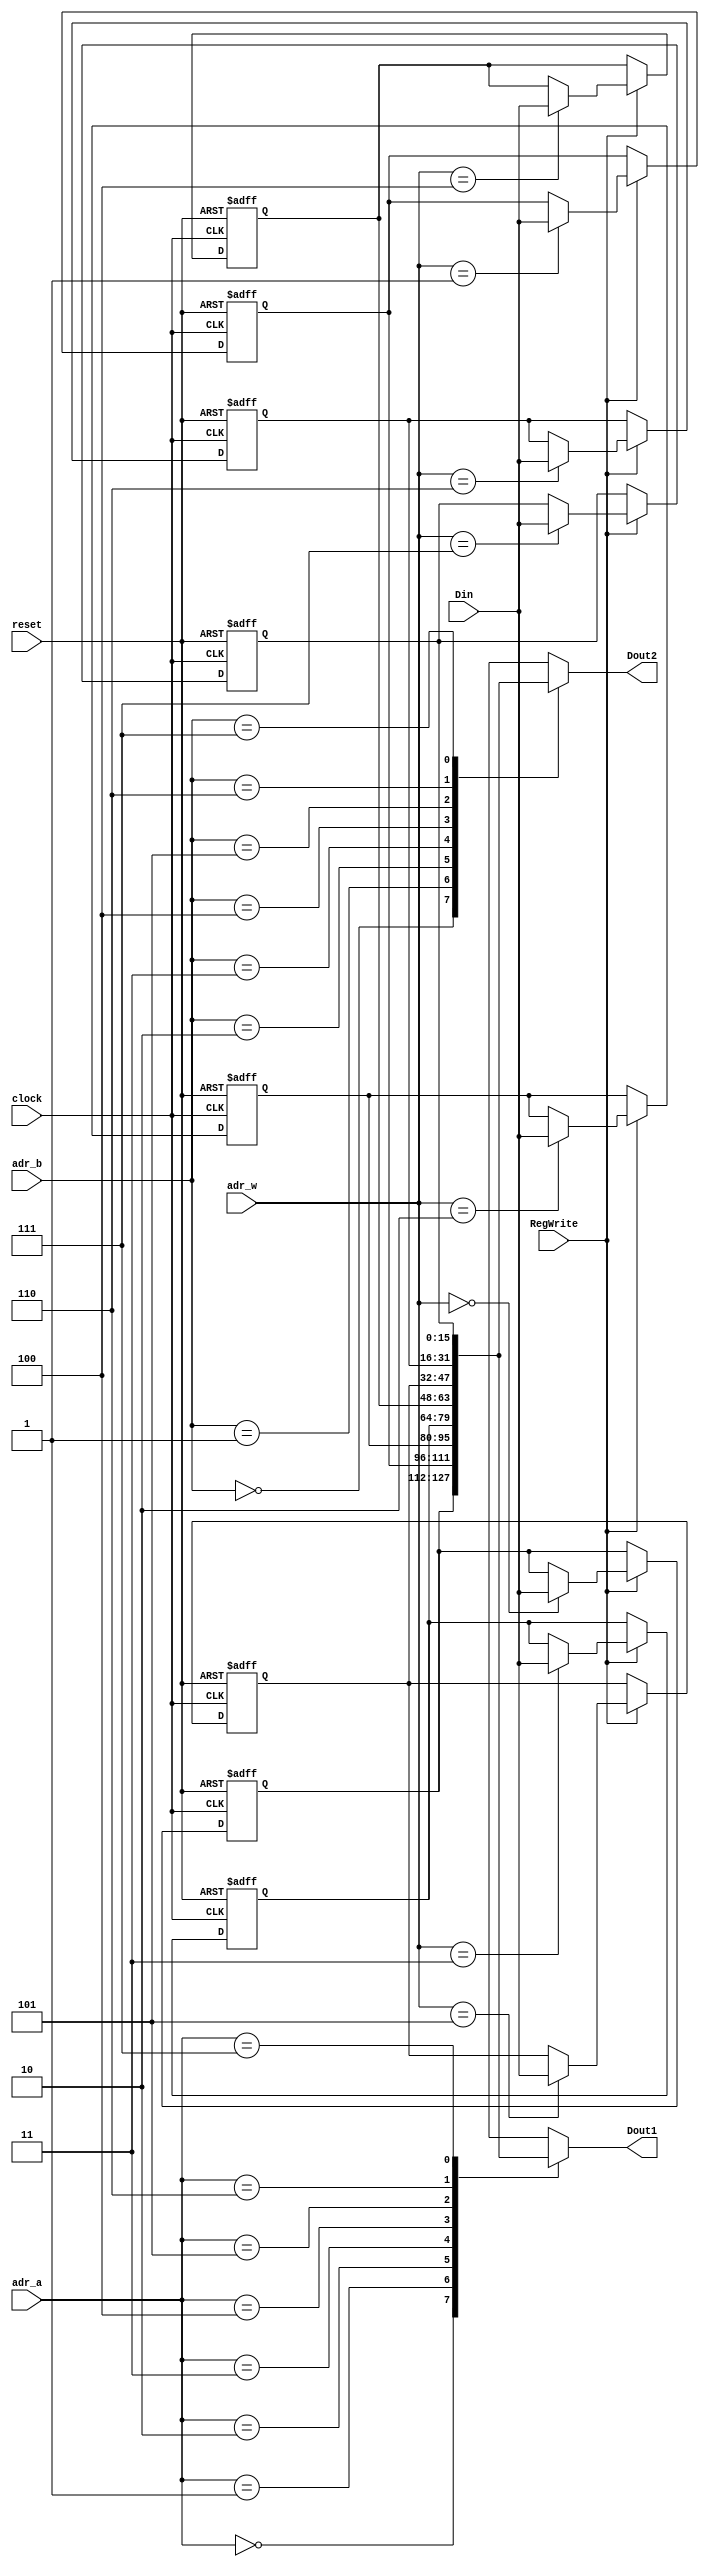
module register (input clock, //
                 input wire [2:0] adr_a, adr_b, adr_w, //1,2
					  input wire RegWrite, //1
					  input wire [15:0] Din, //
					  input reset, //
					  output wire  [15:0] Dout1, Dout2 //1,2
					  );

  reg [15:0] r[7:0];
  
  assign Dout1 = r[adr_a];
  assign Dout2 = r[adr_b];
  
  always @(negedge clock or negedge reset) begin
    if(reset == 1'b0) begin //
	   r[0] <= 16'd0;
		r[1] <= 16'd0;
      r[2] <= 16'd0;
		r[3] <= 16'd0;
		r[4] <= 16'd0;
		r[5] <= 16'd0;
		r[6] <= 16'd0;
		r[7] <= 16'd0;
	 end else if(RegWrite) begin //
	   r[adr_w] <= Din;
	 end
  end
  
endmodule